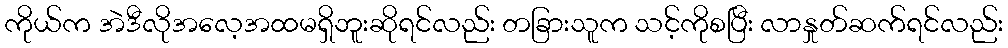
ကိုယ်က အဲဒီလိုအလေ့အထမရှိဘူးဆိုရင်လည်း တခြားသူက သင့်ကိုစပြီး လာနှုတ်ဆက်ရင်လည်း